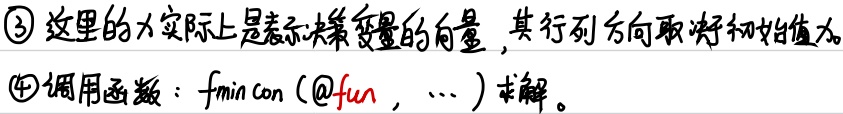
\textcircled{3} 这里的$x$实际上是表示决策变量的向量，其行列方向取决于初始值$x_0$。
\textcircled{4} 调用函数：$fmincon(@fun,\cdots)$求解。